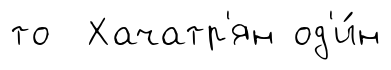
то Хачатр'ян од'и́н